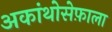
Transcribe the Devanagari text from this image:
अकांथोसेफ़ाला